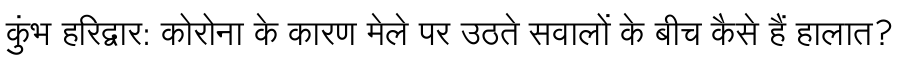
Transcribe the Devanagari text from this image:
कुंभ हरिद्वार: कोरोना के कारण मेले पर उठते सवालों के बीच कैसे हैं हालात?